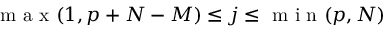
\mathrm { ~ m ~ a ~ x ~ } ( 1 , p + N - M ) \leq j \leq \mathrm { ~ m ~ i ~ n ~ } ( p , N )